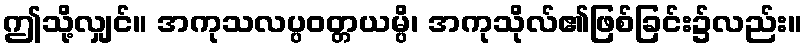
ဤသို့လျှင်။ အကုသလပ္ပဝတ္တယမ္ပိ၊ အကုသိုလ်၏ဖြစ်ခြင်း၌လည်း။